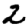
Digit: 2